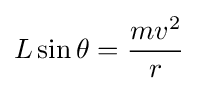
L\sin \theta ={mv^{2} \over r}